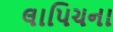
લાપિચના